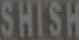
SHISH